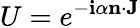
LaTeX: U=e^{-\mathbf{i}\alpha\mathbf{{n}}\cdot\mathbf{{J}}}